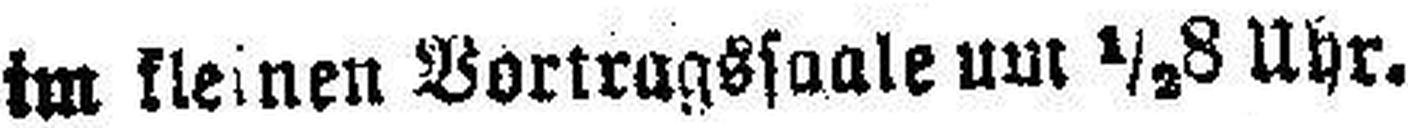
im kleinen Vortragssaale um ½8 Uhr.